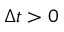
\Delta t > 0